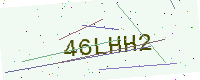
Text: 46LHH2